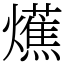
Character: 爑